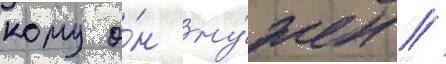
кому о́н ну́жен //